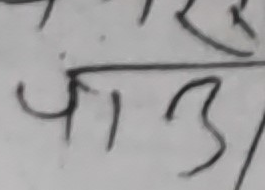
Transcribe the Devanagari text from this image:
पा उ